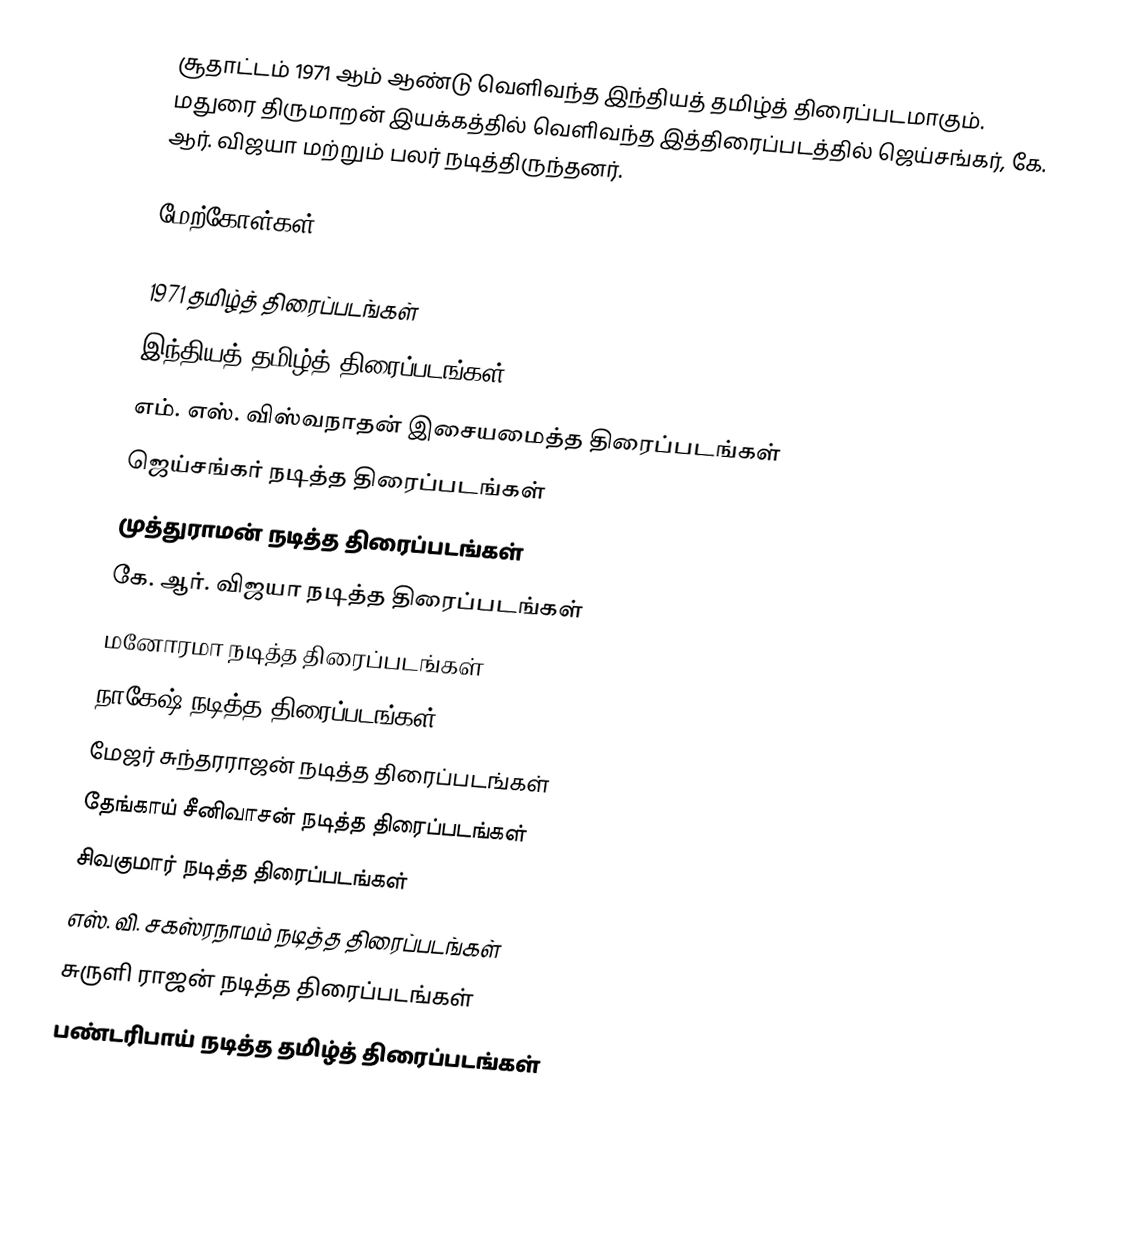
சூதாட்டம் 1971 ஆம் ஆண்டு வெளிவந்த இந்தியத் தமிழ்த் திரைப்படமாகும். மதுரை திருமாறன் இயக்கத்தில் வெளிவந்த இத்திரைப்படத்தில் ஜெய்சங்கர், கே. ஆர். விஜயா மற்றும் பலர் நடித்திருந்தனர்.

மேற்கோள்கள்

1971 தமிழ்த் திரைப்படங்கள்
இந்தியத் தமிழ்த் திரைப்படங்கள்
எம். எஸ். விஸ்வநாதன் இசையமைத்த திரைப்படங்கள்
ஜெய்சங்கர் நடித்த திரைப்படங்கள்
முத்துராமன் நடித்த திரைப்படங்கள்
கே. ஆர். விஜயா நடித்த திரைப்படங்கள்
மனோரமா நடித்த திரைப்படங்கள்
நாகேஷ் நடித்த திரைப்படங்கள்
மேஜர் சுந்தரராஜன் நடித்த திரைப்படங்கள்
தேங்காய் சீனிவாசன் நடித்த திரைப்படங்கள்
சிவகுமார் நடித்த திரைப்படங்கள்
எஸ். வி. சகஸ்ரநாமம் நடித்த திரைப்படங்கள்
சுருளி ராஜன் நடித்த திரைப்படங்கள்
பண்டரிபாய் நடித்த தமிழ்த் திரைப்படங்கள்